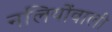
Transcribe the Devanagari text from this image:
नलियोंवाली